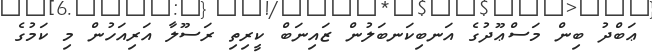
ޢަބްދު ބިން މަސްޢޫދުގެ އަނބިކަނބަލުން ޒައިނަބް ކީރިތި ރަސޫލާ އަރިއަހުން މި ކަމުގެ